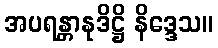
အပရန္တာနုဒိဋ္ဌိ နိဒ္ဒေသ။